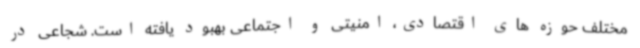
مختلف حوزه های اقتصادی، امنیتی و اجتماعی بهبود یافته است. شجاعی در